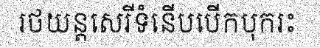
រថយន្តសេរីទំនើបបើកបុករះ